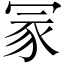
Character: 冡